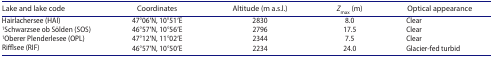
| Lake and lake code | Coordinates | Altitude (m a.s.l.) | Zmax (m) | Optical appearance |
 | --- | --- | --- | --- | --- |
 | Hairlachersee (HAI) | 47°06′N, 10°51′E | 2830 | 8.0 | Clear |
 | 1Schwarzsee ob Sölden (SOS) | 46°57′N, 10°56′E | 2796 | 17.5 | Clear |
 | 1Oberer Plenderlesee (OPL) | 47°12′N, 11°02′E | 2344 | 7.5 | Clear |
 | Rifflsee (RIF) | 46°57′N, 10°50′E | 2234 | 24.0 | Glacier-fed turbid |